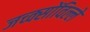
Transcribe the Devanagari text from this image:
जच्क्सोंविल्ले